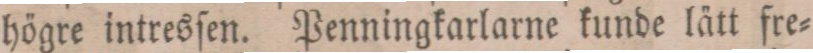
högre intresſen. Penningkarlarne kunde lätt fre=